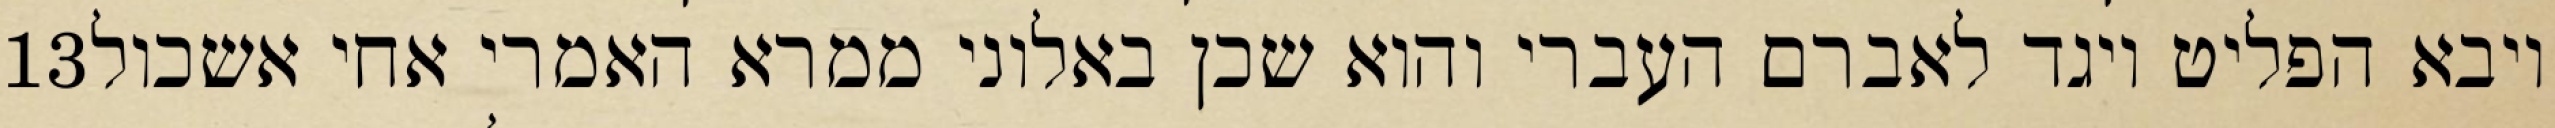
‎13‏ ויבא הפליט ויגד לאברם העברי והוא שכן באלוני ממרא האמרי אחי אשכול